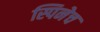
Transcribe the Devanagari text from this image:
स्पिनेच